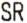
SR